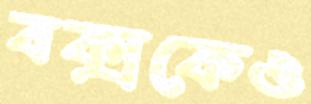
বক্সকেও